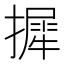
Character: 摨